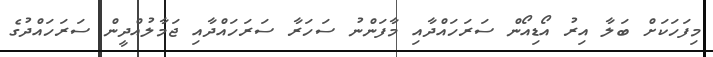
މިފަހަކަށް ބަލާ އިރު އޯޑިއޯން ސަރަހައްދާއި މާފަންނު ސަހަރާ ސަރަހައްދާއި ޖަމާލުއްދީން ސަރަހައްދުގެ